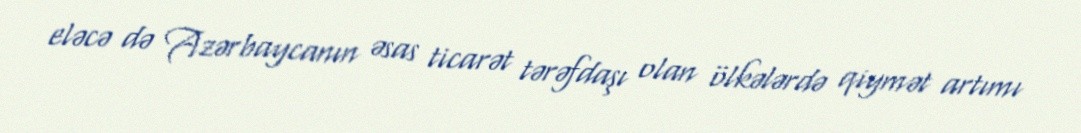
eləcə də Azərbaycanın əsas ticarət tərəfdaşı olan ölkələrdə qiymət artımı